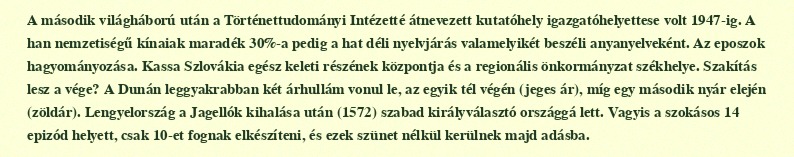
A második világháború után a Történettudományi Intézetté átnevezett kutatóhely igazgatóhelyettese volt 1947-ig. A han nemzetiségű kínaiak maradék 30%-a pedig a hat déli nyelvjárás valamelyikét beszéli anyanyelveként. Az eposzok hagyományozása. Kassa Szlovákia egész keleti részének központja és a regionális önkormányzat székhelye. Szakítás lesz a vége? A Dunán leggyakrabban két árhullám vonul le, az egyik tél végén (jeges ár), míg egy második nyár elején (zöldár). Lengyelország a Jagellók kihalása után (1572) szabad királyválasztó országgá lett. Vagyis a szokásos 14 epizód helyett, csak 10-et fognak elkészíteni, és ezek szünet nélkül kerülnek majd adásba.